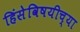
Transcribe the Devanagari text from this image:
हिंसेविषयीच्या